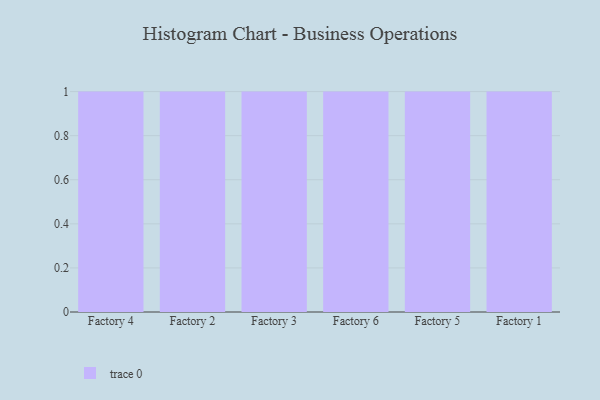
{"axis": {"x": "Factory", "y": "Gross Profit (USD K)"}, "legend": [""], "data": [{"x": "Factory 4", "y": 96, "type": ""}, {"x": "Factory 2", "y": 92, "type": ""}, {"x": "Factory 3", "y": 70, "type": ""}, {"x": "Factory 6", "y": 72, "type": ""}, {"x": "Factory 5", "y": 89, "type": ""}, {"x": "Factory 1", "y": 28, "type": ""}]}